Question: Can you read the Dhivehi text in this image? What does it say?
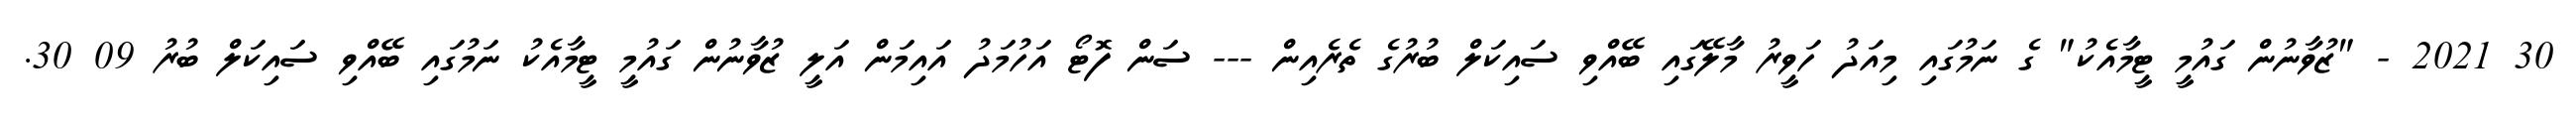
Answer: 30 2021 - "ޒުވާނުން ގައުމީ ޓީމާއެކު" ގެ ނަމުގައި މިއަދު ހަވީރު މާލޭގައި ބޭއްވި ސައިކަލް ބުރުގެ ތެރެއިން --- ސަން ފޮޓޯ އަހުމަދު އައިމަން އަލީ ޒުވާނުން ގައުމީ ޓީމާއެކު ނަމުގައި ބޭއްވި ސައިކަލް ބުރު 09 30.